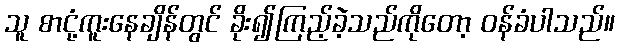
သူ စာငုံ့ကူးနေချိန်တွင် ခိုး၍ကြည့်ခဲ့သည်ကိုတော့ ဝန်ခံပါသည်။